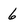
Character: 6